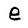
Character: e